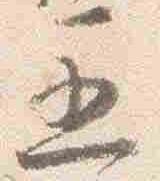
五